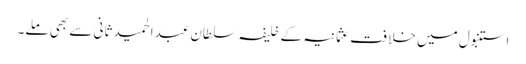
استنبول میں خلافت ِ عثمانیہ کے خلیفہ سلطان عبدالحمید ثانی سے بھی ملے۔